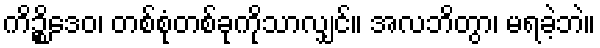
ကိဉ္စိဒေဝ၊ တစ်စုံတစ်ခုကိုသာလျှင်။ အလဘိတွာ၊ မရခဲ့ဘဲ။